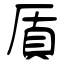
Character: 厧